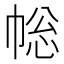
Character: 𢃧